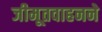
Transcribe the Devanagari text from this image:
जीमूतवाहनने